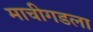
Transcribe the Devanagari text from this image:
माचीगडला